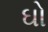
ઘો